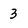
Character: 3